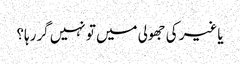
یاغیر کی جھولی میں تو نہیں گررہا؟